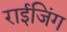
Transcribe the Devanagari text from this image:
राईजिंग